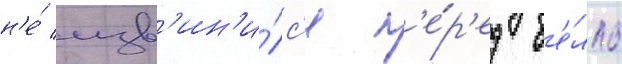
н'е́ изв'ин'и́лс'я п'е́р'ед б'е́лль